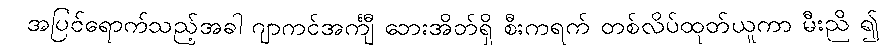
အပြင်ရောက်သည့်အခါ ဂျာကင်အင်္ကျီ ဘေးအိတ်ရှိ စီးကရက် တစ်လိပ်ထုတ်ယူကာ မီးညိ ၍